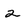
Character: 2